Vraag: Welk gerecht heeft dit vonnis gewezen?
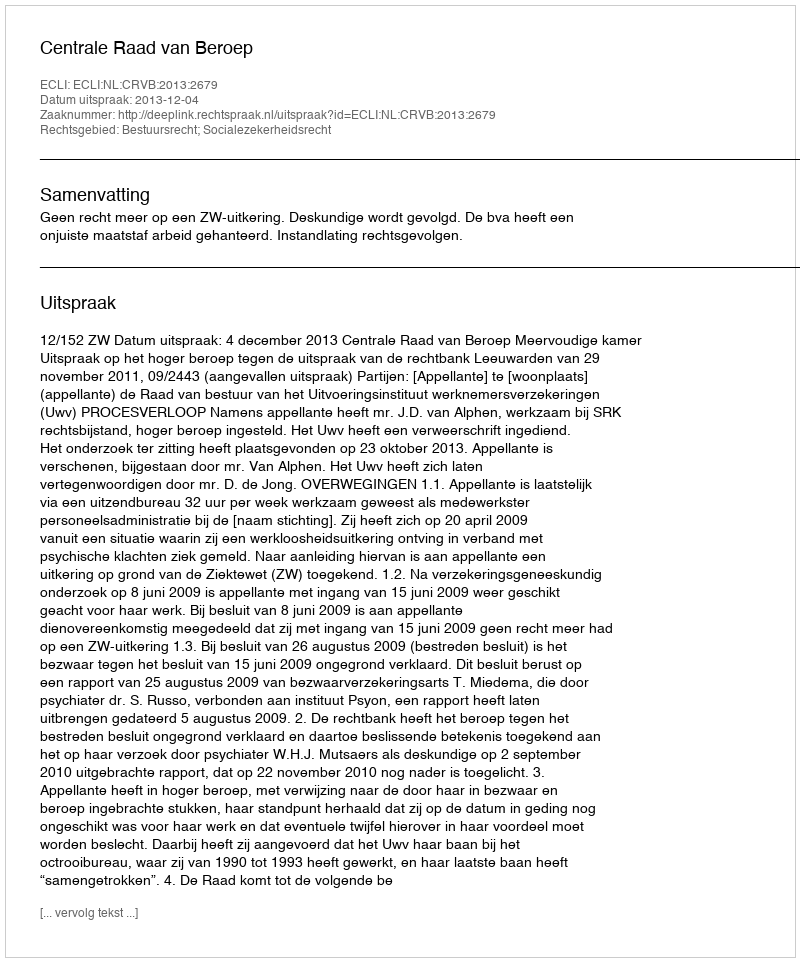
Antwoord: Centrale Raad van Beroep